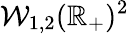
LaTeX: \mathcal{W}_{1,2}(\mathbb{R}_{+})^{2}